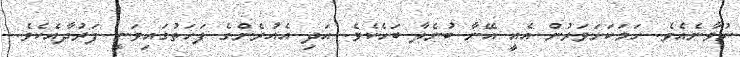
ނުވާނެއެވެ. ހަމަކަށަވަރުން އެއީ އޭނާ ބުނެލާ ބަހެކެވެ. އަދި އެއުރެންގެ ފަހަތުގައިވަނީ ފަރުދާއެކެވެ.